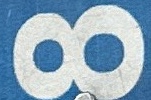
8